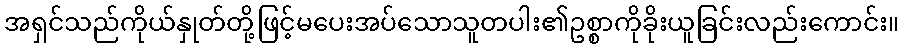
အရှင်သည်ကိုယ်နှုတ်တို့ဖြင့်မပေးအပ်သောသူတပါး၏ဥစ္စာကိုခိုးယူခြင်းလည်းကောင်း။